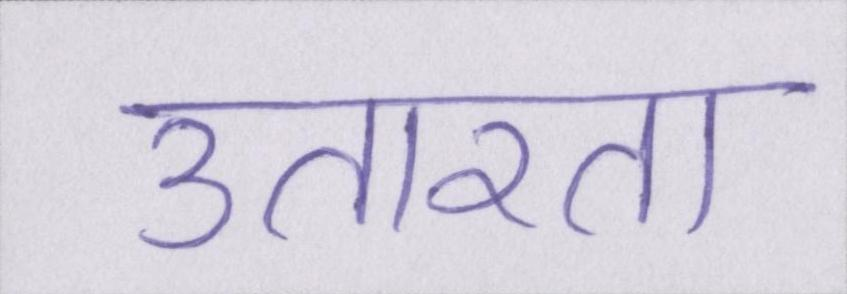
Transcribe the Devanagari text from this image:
उतारता